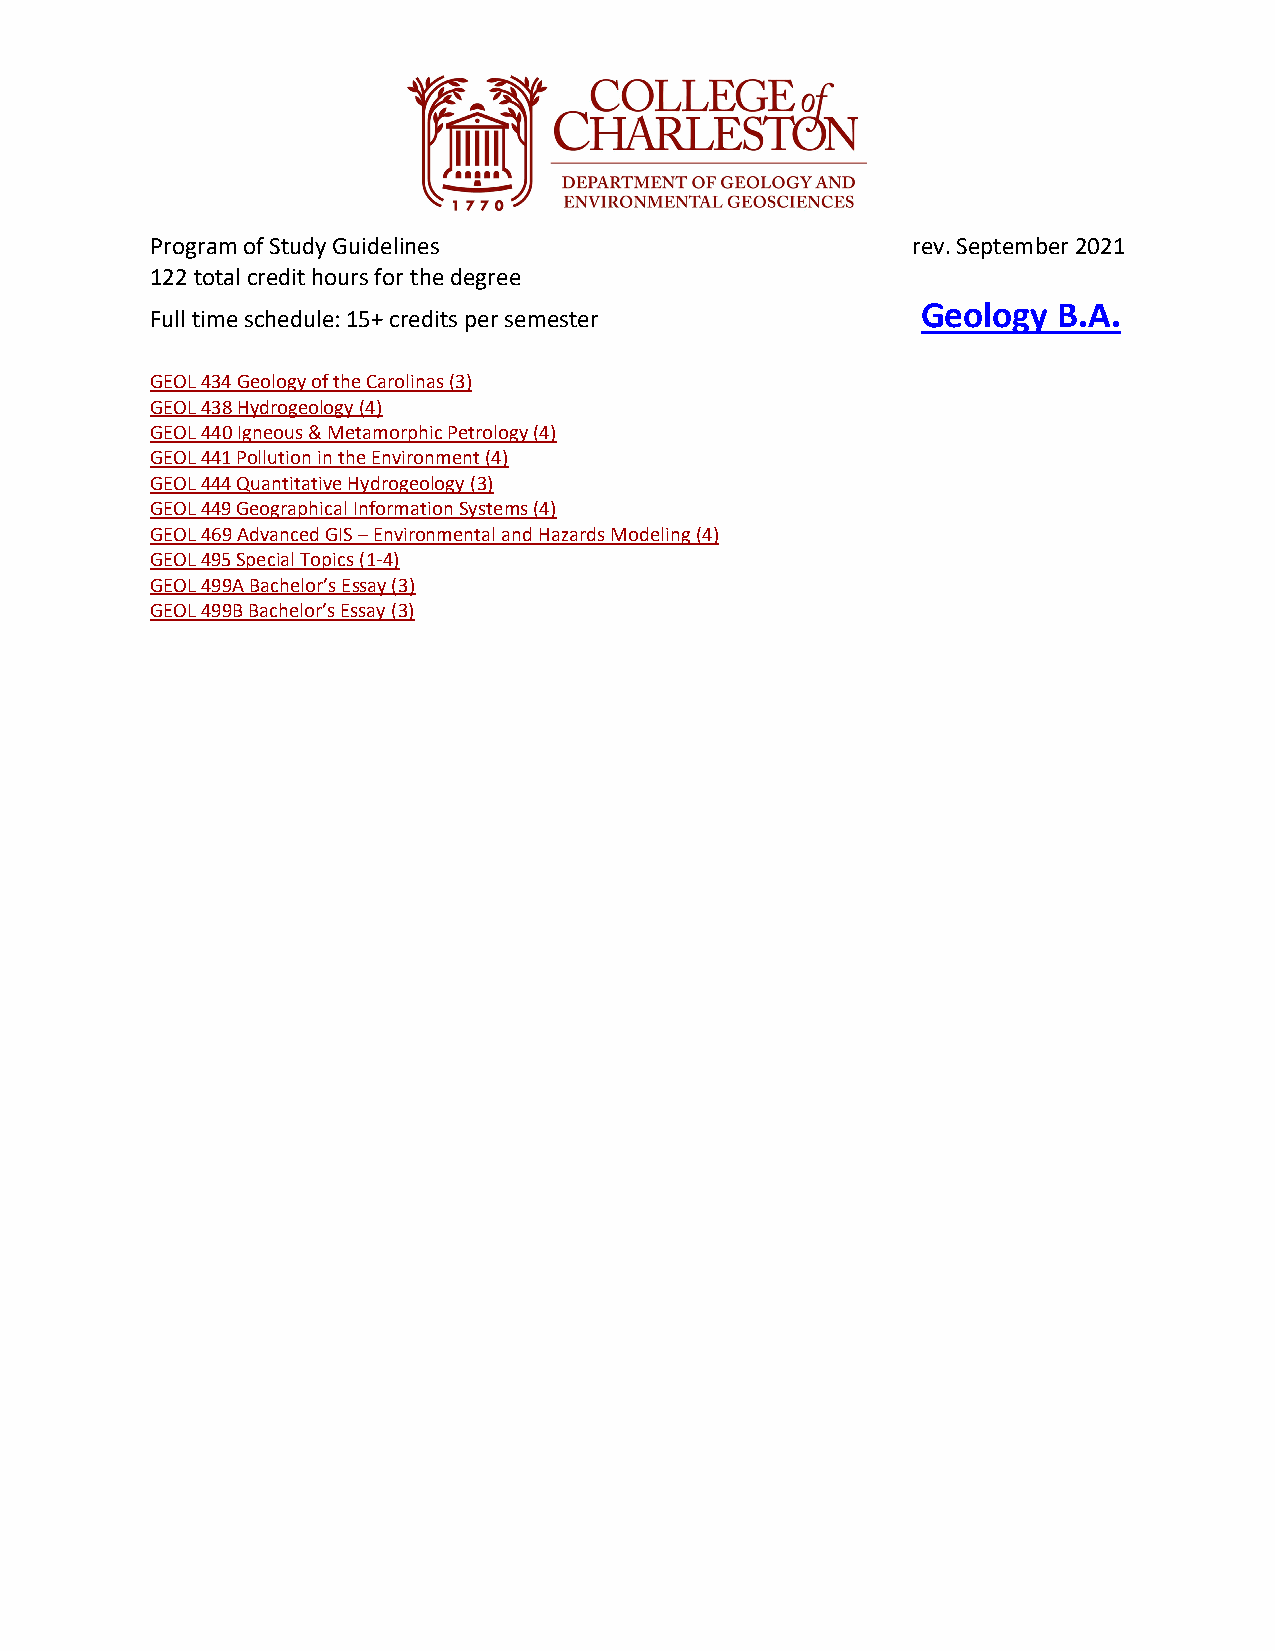
Program of Study Guidelines                       rev. September 2021
 122 total credit hours for the degree
 Geology  B.A.
 Full time schedule: 15+ credits per semester
 GEOL 434 Geology of the Carolinas (3)
 GEOL 438 Hydrogeology (4)
 GEOL 440 Igneous & Metamorphic Petrology (4)
 GEOL 441 Pollution in the Environment (4)
 GEOL 444 Quantitative Hydrogeology (3)
 GEOL 449 Geographical Information Systems (4)
 GEOL 469 Advanced GIS – Environmental and Hazards Modeling (4)
 GEOL 495 Special Topics (1-4)
 GEOL 499A Bachelor’s Essay (3)
 GEOL 499B Bachelor’s Essay (3)